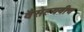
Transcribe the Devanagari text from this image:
वैसेल्यवीच